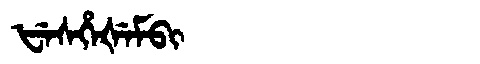
Manchu: ᡶᡝᠰᡥᡝᡧᡝᠮᠪᡳ
Romanization: FESHEŠEMBI